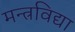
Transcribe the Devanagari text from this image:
मन्त्रविद्या